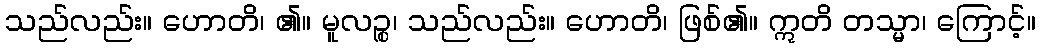
သည်လည်း။ ဟောတိ၊ ၏။ မူလဉ္စ၊ သည်လည်း။ ဟောတိ၊ ဖြစ်၏။ ဣတိ တသ္မာ၊ ကြောင့်။